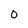
Character: o